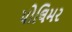
પોલિમર